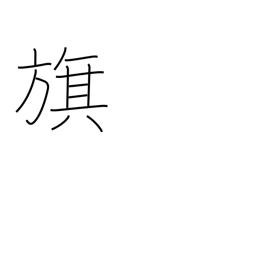
Meaning: banner